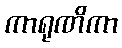
ကာရုဏိကာ